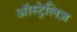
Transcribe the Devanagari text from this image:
ऑस्ट्रेलिज़